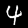
Label: 4